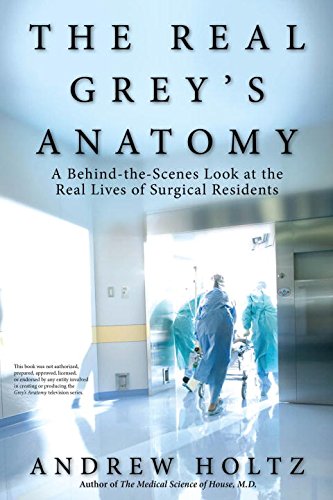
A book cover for The Real Grey's Anatomy: A Behind-the-Scenes Look at the Real Lives of Surgical Residents; Andrew Holtz; Humor & Entertainment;